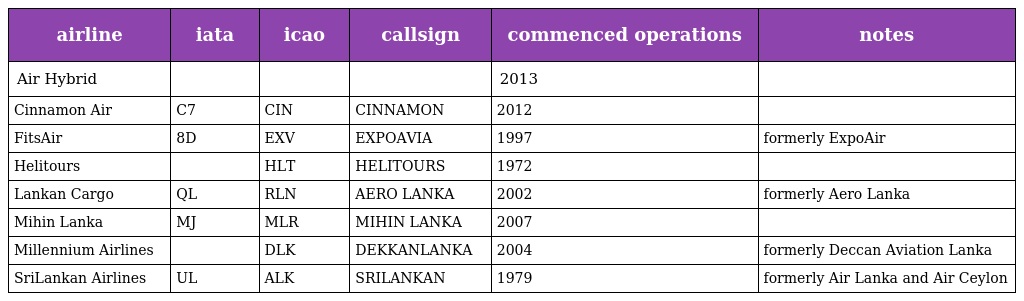
| airline | iata | icao | callsign | commenced operations | notes |
 | --- | --- | --- | --- | --- | --- |
 | Air Hybrid |  |  |  | 2013 |  |
 | Cinnamon Air | C7 | CIN | CINNAMON | 2012 |  |
 | FitsAir | 8D | EXV | EXPOAVIA | 1997 | formerly ExpoAir |
 | Helitours |  | HLT | HELITOURS | 1972 |  |
 | Lankan Cargo | QL | RLN | AERO LANKA | 2002 | formerly Aero Lanka |
 | Mihin Lanka | MJ | MLR | MIHIN LANKA | 2007 |  |
 | Millennium Airlines |  | DLK | DEKKANLANKA | 2004 | formerly Deccan Aviation Lanka |
 | SriLankan Airlines | UL | ALK | SRILANKAN | 1979 | formerly Air Lanka and Air Ceylon |